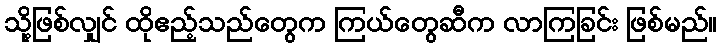
သို့ဖြစ်လျှင် ထိုဧည့်သည်တွေက ကြယ်တွေဆီက လာကြခြင်း ဖြစ်မည်။